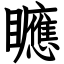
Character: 𥌾